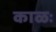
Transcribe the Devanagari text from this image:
काळः